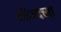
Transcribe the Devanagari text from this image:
दहिवदच्या